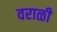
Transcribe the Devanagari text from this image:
वराळी